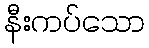
နီးကပ်သော